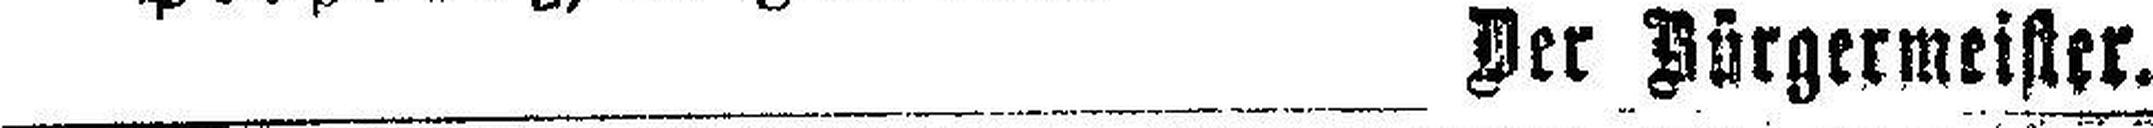
Der Bürgermeister.